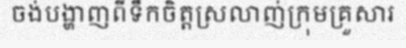
ចង់បង្ហាញពីទឹកចិត្តស្រលាញ់ក្រុមគ្រួសារ